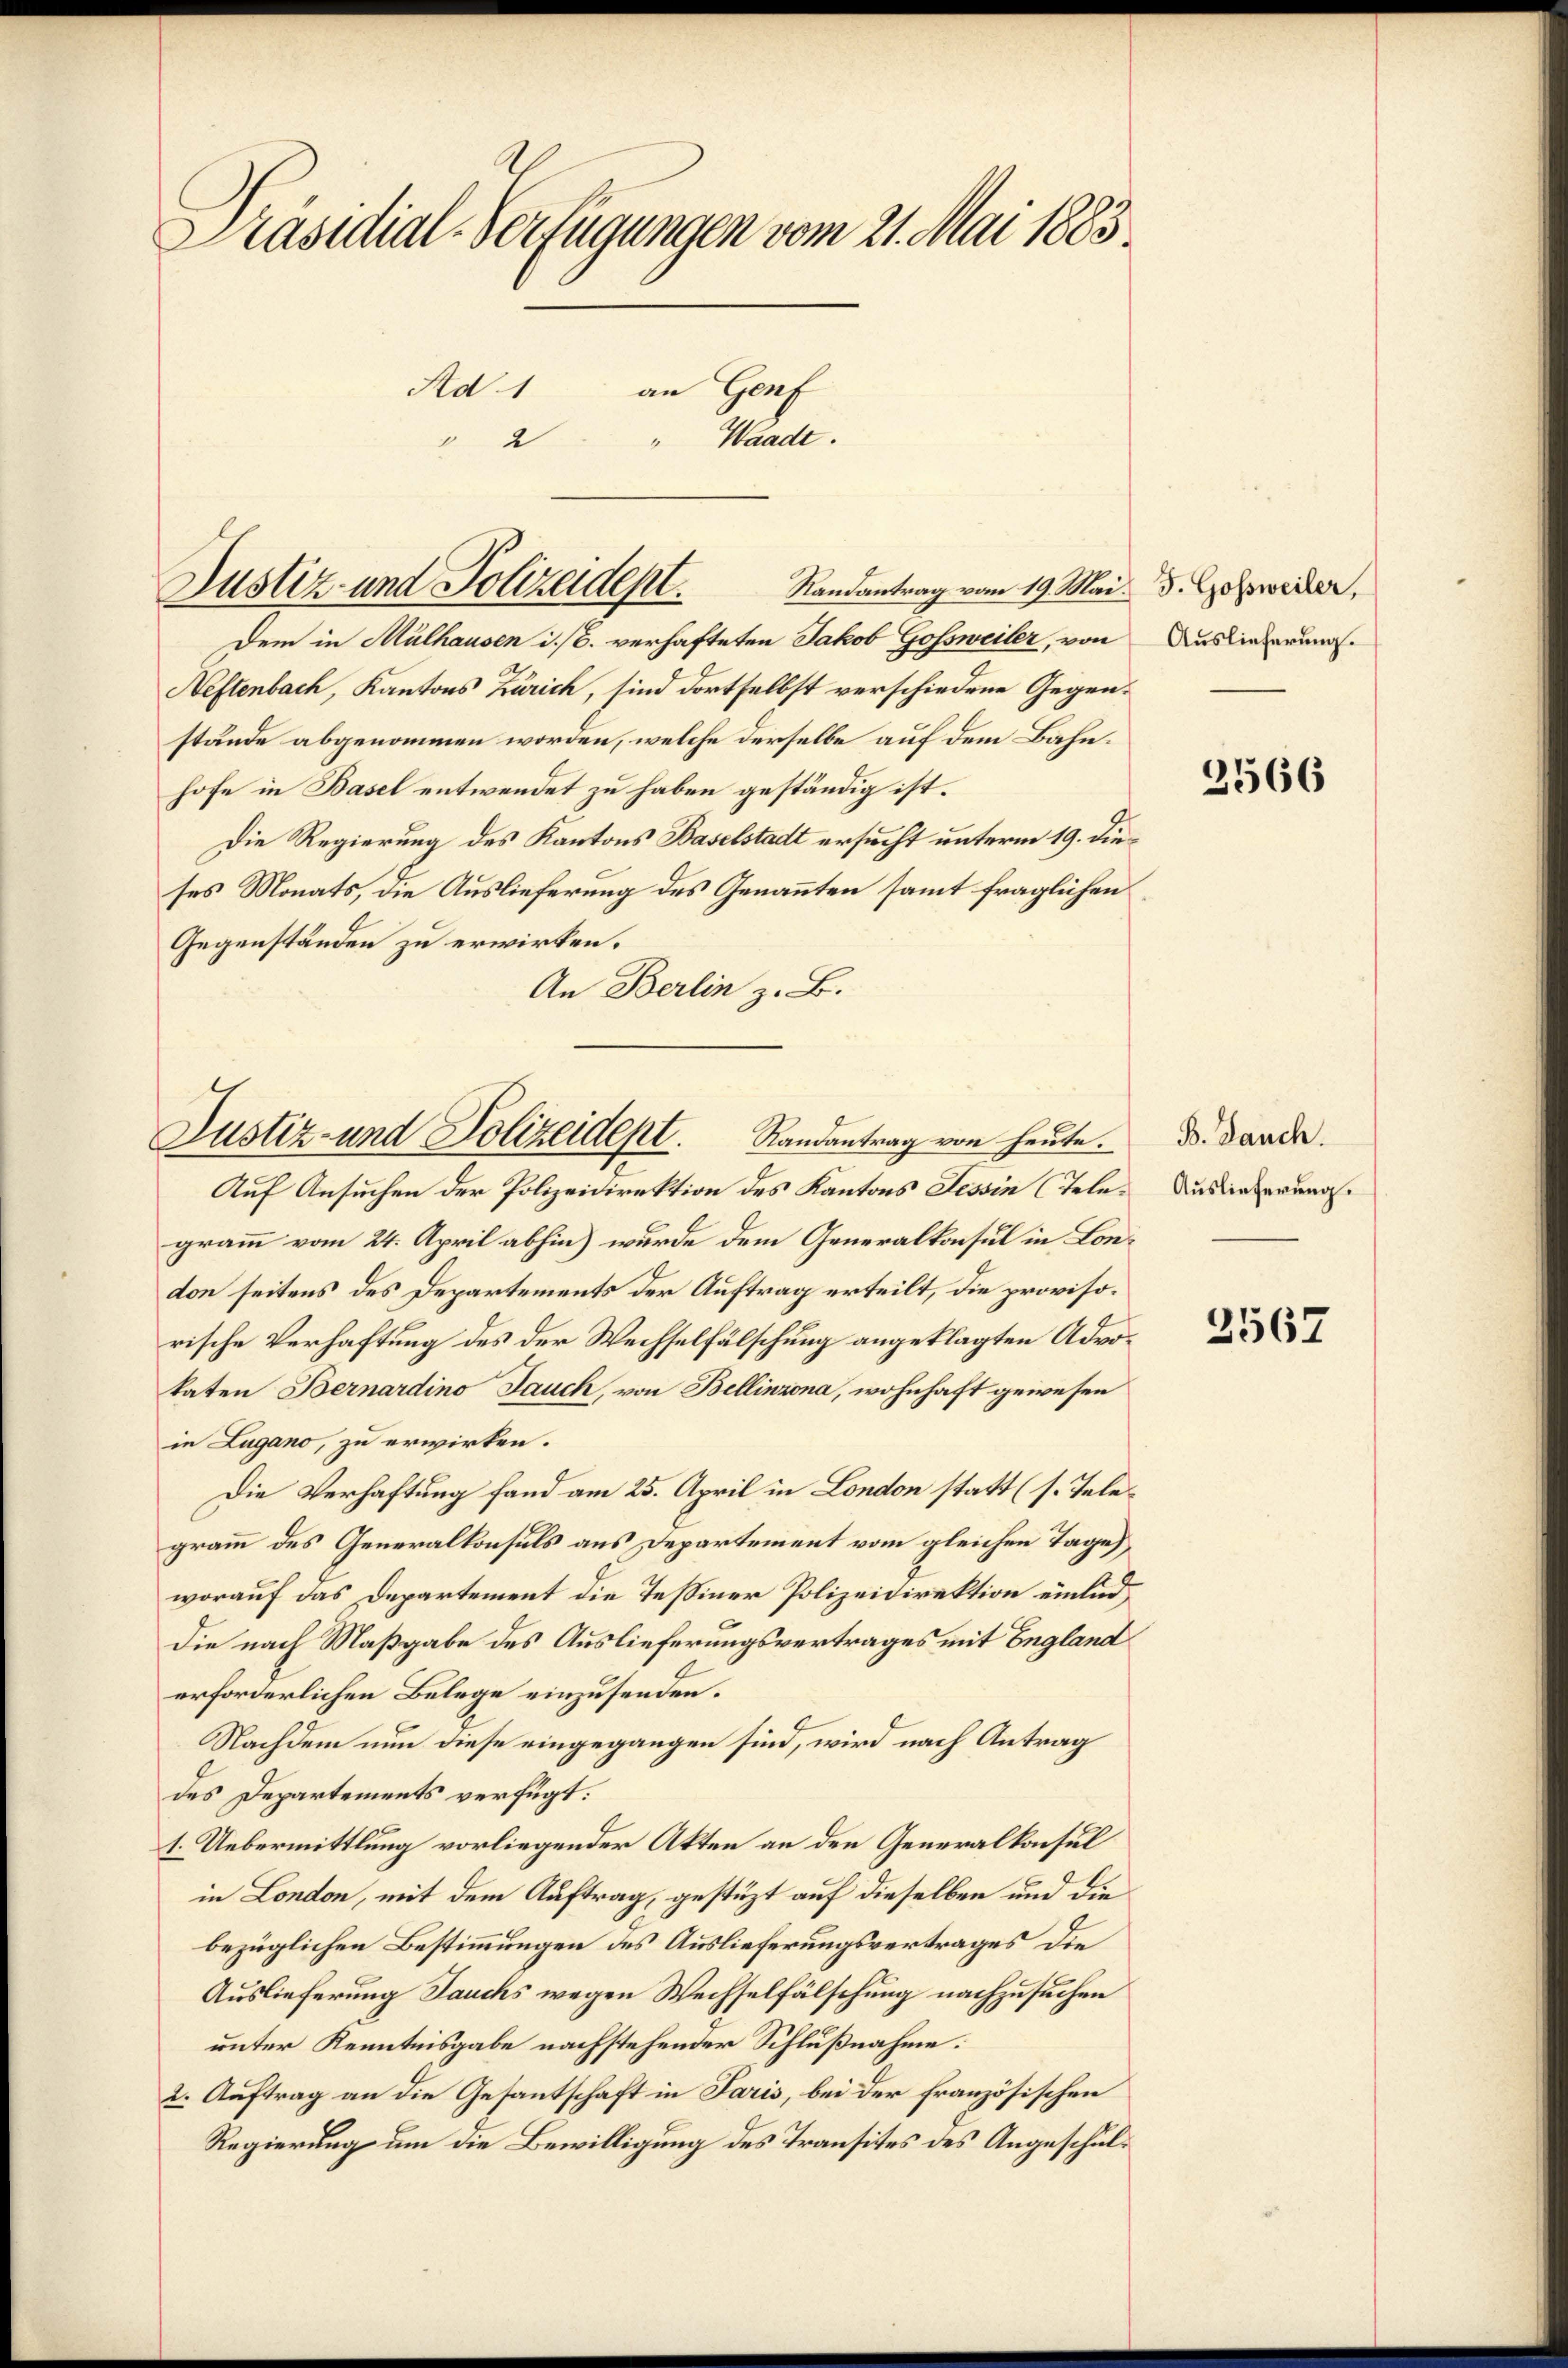
Präsidial-Verfügungen vom 21. Mai 1883.
Ad 1 an Genf
" 2 " Waadt.

Randantrag vom 19. Mai.
Justiz- und Polizeidept.

Dem in Mülhausen i. B. verhafteten Jakob Gofsweiler, von
Neftenbach, Kantons Zürich, sind dortselbst verschiedene Gegenstände abgenommen worden, welche derselbe auf dem Bahnhofe in Basel entwendet zu haben geständig ist.
Die Regierung des Kantons Baselstadt ersucht unterm 19. dieses Monats, die Auslieferung des Genannten sammt fraglichen
Gegenständen zu erwirken.
An Berlin z. B.
Auf Ansuchen der Polizeidirektion des Kantons Tessin (Telegramm vom 24. April abhin) wurde dem Generalkonsul in London seitens des Departements der Auftrag erteilt, die provisorische Verhaftung des der Wechselfälschung angeklagten Advokaten Bernardino Jauch, von Bellinzona, wohnhaft gewesen
in Lugano, zu erwirken.
Die Verhaftung fand am 25. April in London statt (s. Telegramm des Generalkonsuls aus Departement vom gleichen Tage
worauf das Departement die Tessiner Polizeidirektion einlad
die nach Maßgabe des Auslieferungsvertrages mit England
erforderlichen Belege einzusenden.
Nachdem nun diese eingegangen sind, wird nach Antrag
des Departements verfügt:
1. Uebermittlung vorliegender Akten an den Generalkonsul
in London, mit dem Auftrag, gestüzt auf dieselben und die
bezüglichen Bestimmungen des Auslieferungsvertrages die
Auslieferung Jauchs wegen Wechselfälschung nachzusuchen
unter Kenntnisgabe nachstehender Schlußnahme:
2. Auftrag an die Gesantschaft in Paris, bei der französischen
Regierung um die Bewilligung des Transites des Angeschul¬

Justiz- und Polizeidept. Randantrag von heute.

J. Gossweiler,
Auslieferung.

2566

B. Jauch.
Auslieferung.

3567